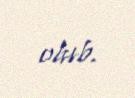
olub.